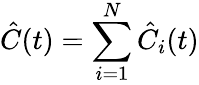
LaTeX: \hat{C}(t)=\sum_{i=1}^{N}\hat{C}_{i}(t)